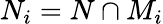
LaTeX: N_{i}=N\cap M_{i}